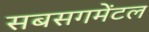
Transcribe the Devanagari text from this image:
सबसगमेंटल